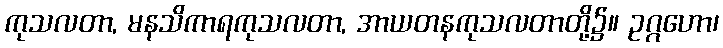
ကုသလတာ, မနသိကာရကုသလတာ, အာယတနကုသလတာတို့၌။ ဥဂ္ဂဟော၊